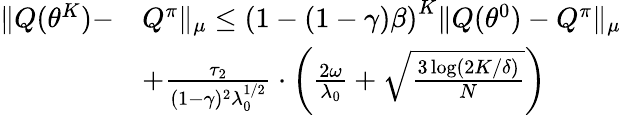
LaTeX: \begin{array}{rl}{\| Q(\theta^{K})-}&{Q^{\pi}\| _{\mu}\leq\left(1-(1-\gamma)\beta\right)^{K}\| Q(\theta^{0})-Q^{\pi}\| _{\mu}}\\ &{+\frac{\tau_{2}}{(1-\gamma)^{2}\lambda_{0}^{1/2}}\cdot\left(\frac{2\omega}{\lambda_{0}}+\sqrt{\frac{3\log(2K/\delta)}{N}}\right)}\end{array}